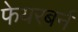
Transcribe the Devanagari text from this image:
फेयरबर्न